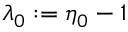
\lambda _ { 0 } : = \eta _ { 0 } - 1